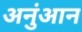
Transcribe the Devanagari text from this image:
अनुंआन